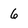
Character: 6